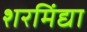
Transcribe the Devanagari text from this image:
शरमिंद्या